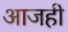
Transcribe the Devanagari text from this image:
अाजही